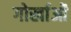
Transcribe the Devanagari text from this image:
गोर्खाओं